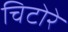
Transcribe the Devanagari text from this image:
चिटोरे